Rakvere_kinnistusamet, lk 31
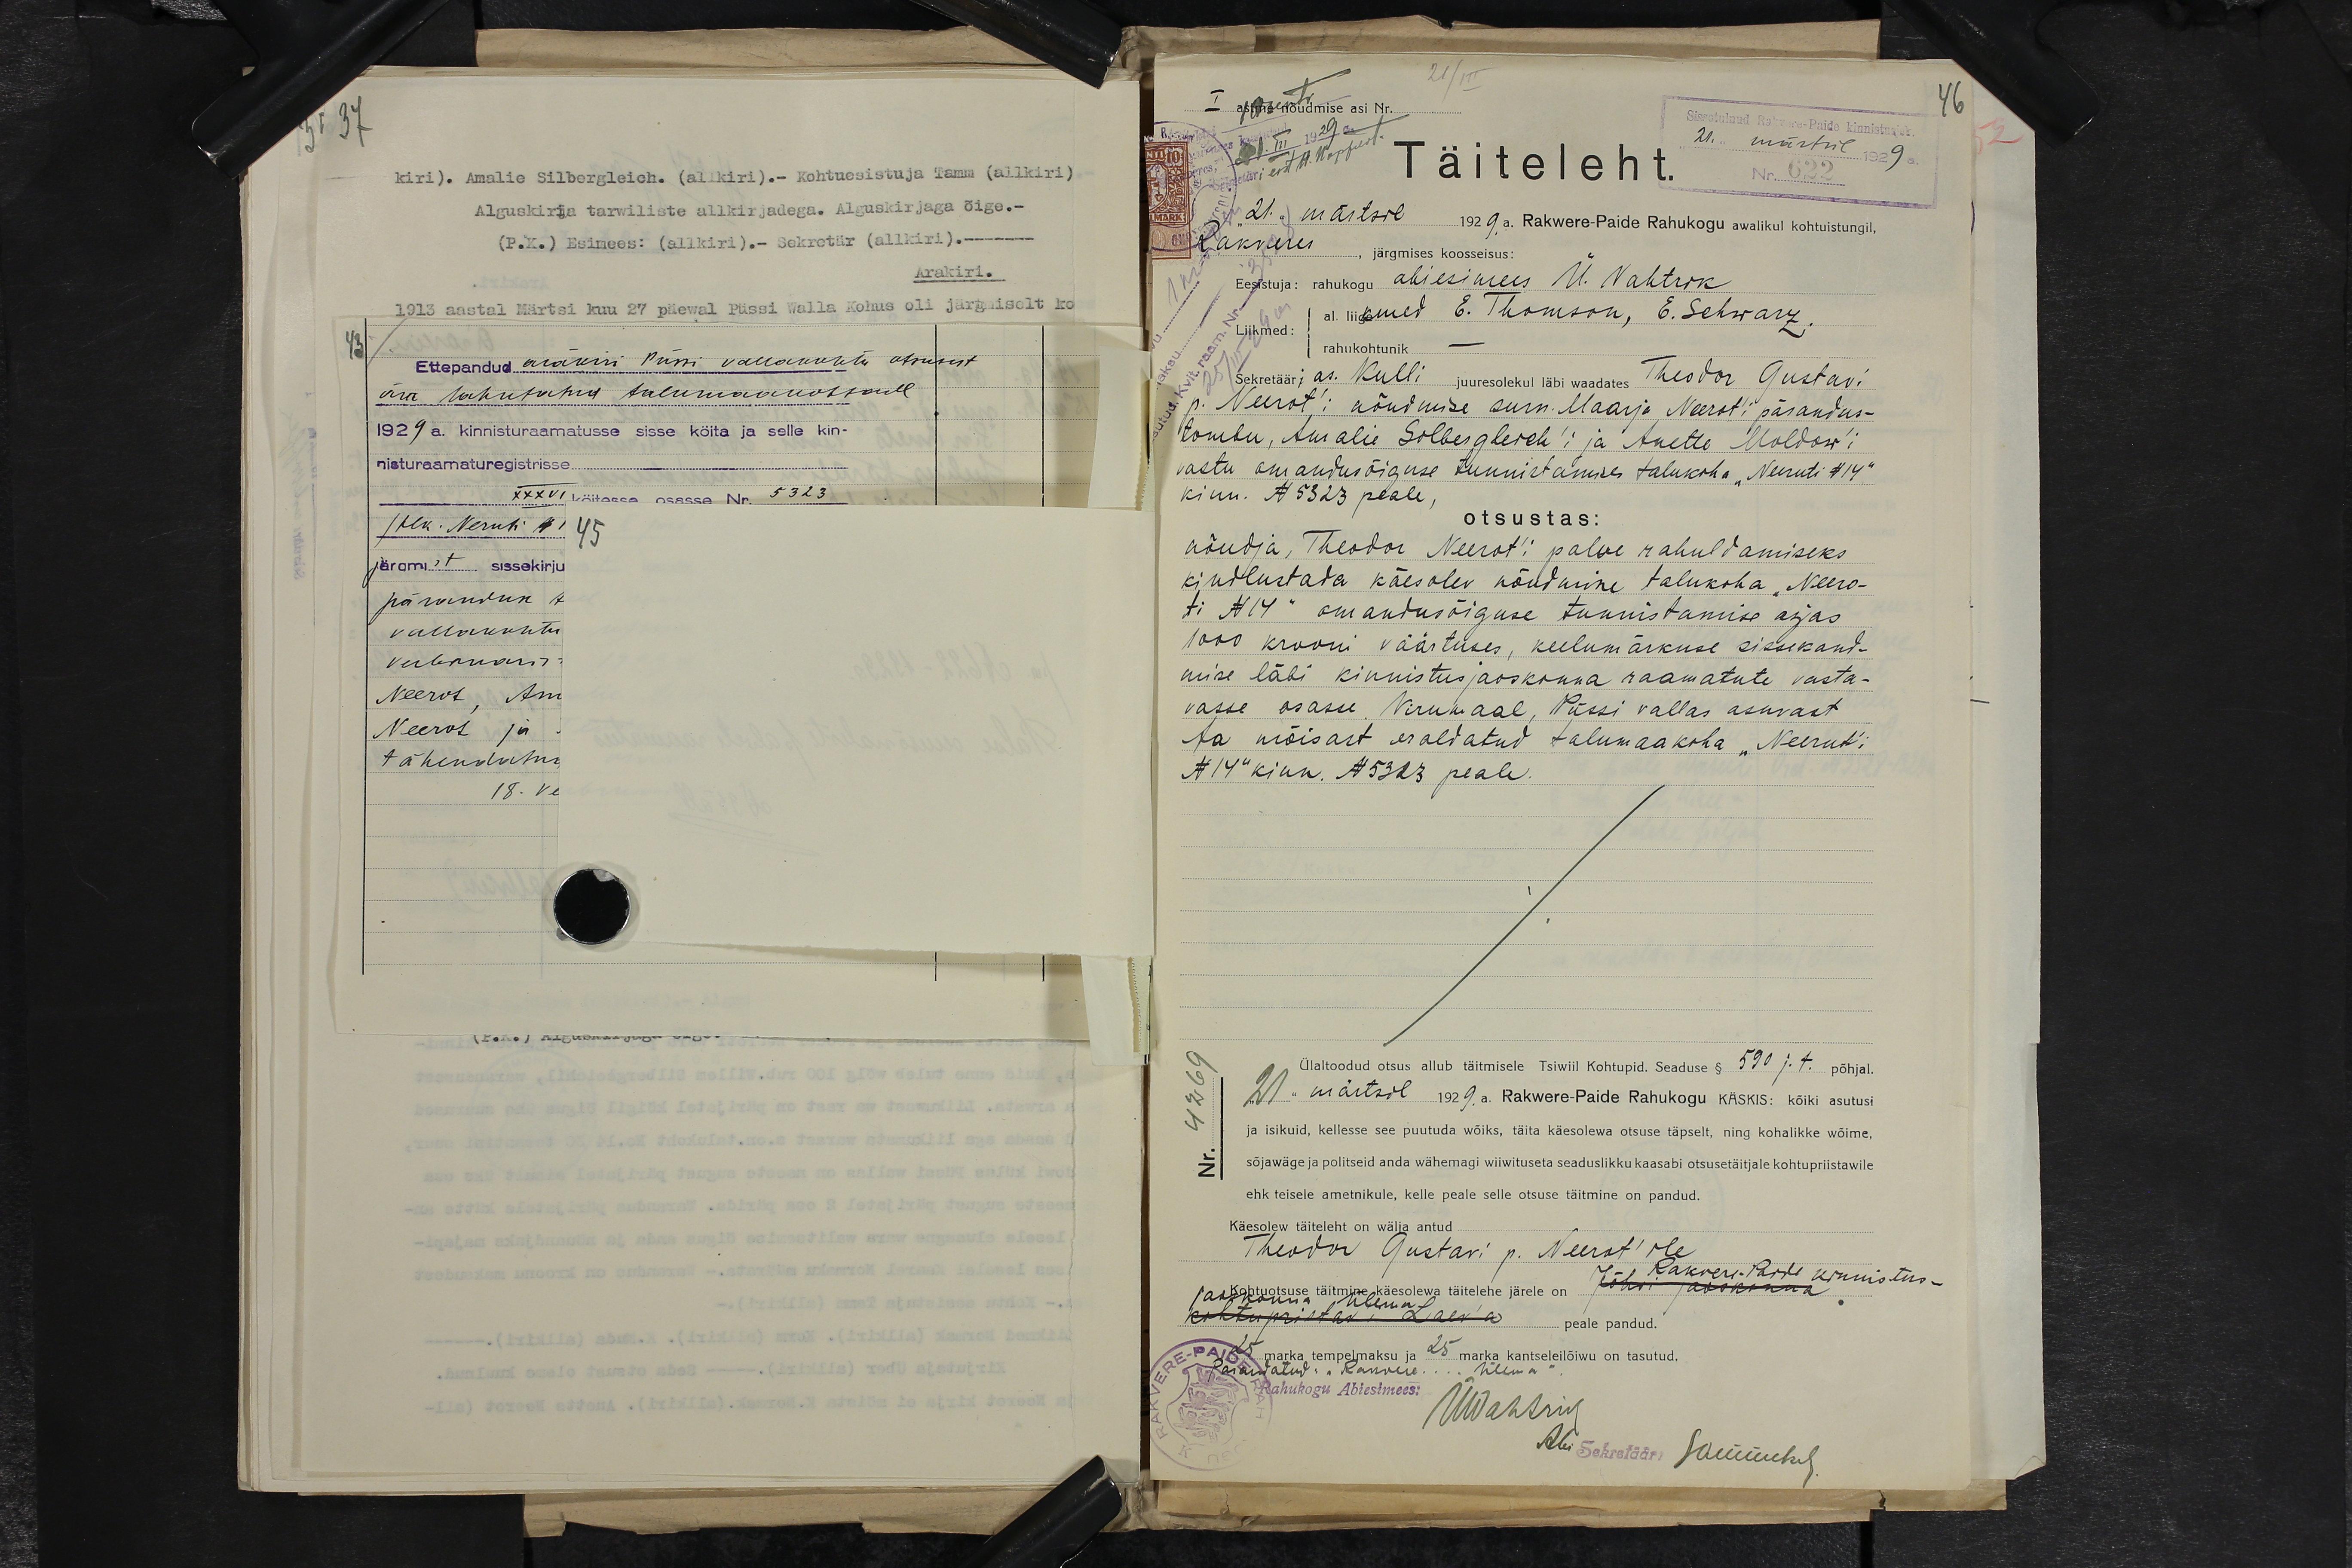
37
kiri). Amalie Silbergleich. (alikiri).- Kohtuesistuja Tamm (allkiri)
Alguskirja tarwiliste allkirjadega. Alguskirjaga õige.-
(P.K.) Esimees: (allkiri).- Sekretär ( allkiri).-------
Ärakiri.
1913 aastal Märtsi kuu 27 päewal Püssi Walla Kohus oli järgmiselt ko
43.
Ettepandud ärakiri Püssi vallakohtu otsusest
ära lahutatud talumaakohtade
1929 a. kinnisturaamatusse sisse köita ja selle kin-
nisturaamaturegistrisse.

21/III
46
21. märtsil 1929 a.
Täiteleht.
21. märtsil 1929 a. Rakwere-Paide Rahukogu awalikul kohtuistungil,
Rakveres, järgmises koosseisus:
Eesistuja: rahukogu abiesimees Ü. Vahtrik
al. liikmed E. Thomson, E. Schwarz,
Liikmed rahukohtunik
Sekretääri as. Kulli juuresolekul läbi waadates Theodor Gustavi
p. Neerot'i nõudmise surn. Maarja Neerot'i pärandus-
tombu, Amalie Silbergleich'i ja Anette Moldow'i
vastu omandusõiguse tunnistamises talukoha "Neeruti N 14"
kinn. N 5323 peale,
otsustas:
nõudja, Theodor Neerot'i palve rahuldamiseks
kindlustada käesolev nõudmine talukoha "Neero-
ti N 14" omandusõiguse tunnistamise asjas.
1000 krooni väärtuses, keelumärkuse sissekand-
mise läbi kinnistusjaoskonna raamatute vasta-
vasse osasse Virumaal, Püssi vallas asuvast
Aa mõisast eraldatud talumaakoha "Neerut'i
N 14" kinn. N 5323 peale.
Ülaltoodud otsus allub täitmisele Tsiwiil Kohtupid. Seaduse § 590 j.t. põhjal.
Nr. 4269
2) märtsil 1929.a. Rakwere-Paide Rahukogu käskis: kõiki asutusi
ja isikuid, kellesse see puutuda wõiks, täita käesolewa otsuse täpselt, ning kohalikke wõime,
sõjawäge ja politseid anda wähemagi wiiwituseta seaduslikku kaasabi otsusetäitjale kohtupriistawile
ehk teisele ametnikule, kelle peale selle otsuse täitmine on pandud.
Käesolew täiteleht on wälja antud
Theodor Gustavi p. Neerot'ile
Rakvere-paide kinnistus-
ja kohtuotsuse täitmine käesolewa täitelehe järele on
Jõhvi jaoskonna
jaoskonna ülema
kohtupristav Laev'a peale pandud.
25 marka tempelmaksu ja 25 marka kantseleilõiwu on tasutud.
Parandatud: "Rakvere ..... ülema"
Rahukogu Abiesimees:
Mahtsrik
Abi Sekretäär: Jõmmuhl